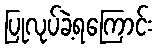
ပြုလုပ်ခဲ့ရကြောင်း